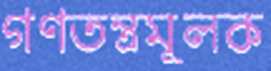
গণতন্ত্রমূলক